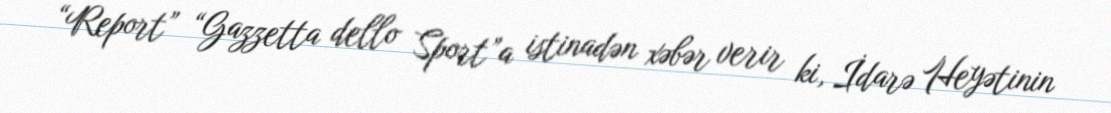
“Report” “Gazzetta dello Sport”a istinadən xəbər verir ki, İdarə Heyətinin